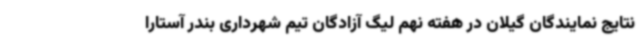
نتایج نمایندگان گیلان در هفته نهم لیگ آزادگان تیم شهرداری بندر آستارا